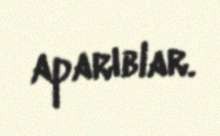
aparıblar.